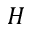
H